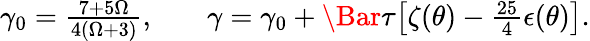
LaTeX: \begin{array}{rlr}{\gamma_{0}=\frac{7+5\Omega}{4(\Omega+3)},}&{{}}&{\gamma=\gamma_{0}+\Bar{\tau}\bigl[\zeta(\theta)-\frac{25}{4}\epsilon(\theta)\bigl].}\end{array}